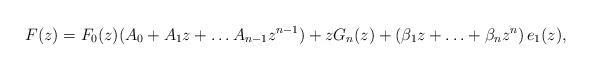
LaTeX: \begin{align*}F(z) = F_0(z) ( A_0 + A_1 z + \hdots A_{n-1} z^{n-1} ) + z G_n (z) + \left(\beta_1 z + \hdots + \beta_n z^n \right)e_1(z) ,\end{align*}